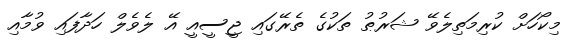
މިކޯހަށް ކުރިމަތިލެވޭ ޝަރުޠު ތަކުގެ ތެރޭގައި ޖީސީއީ އޭ ލެވެލް ހަދާފައި ވުމާއި